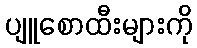
ပျူစောထီးများကို